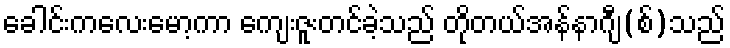
ခေါင်းကလေးမော့ကာ ကျေးဇူးတင်ခဲ့သည် တိုတယ်အန်နာဂျီ(စ်)သည်